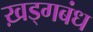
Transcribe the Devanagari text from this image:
ख़ड्गबंध